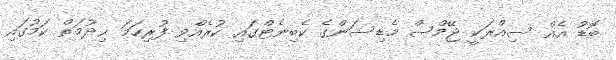
ބޮޑު އެއް ސިއްރަކީ ޖޭމްސް މެޑިސަންގެ ކެބިނެޓްގައި ކުރެއްވި ފުރިހަމަ ޚިދުމަތް ކަމުގައި